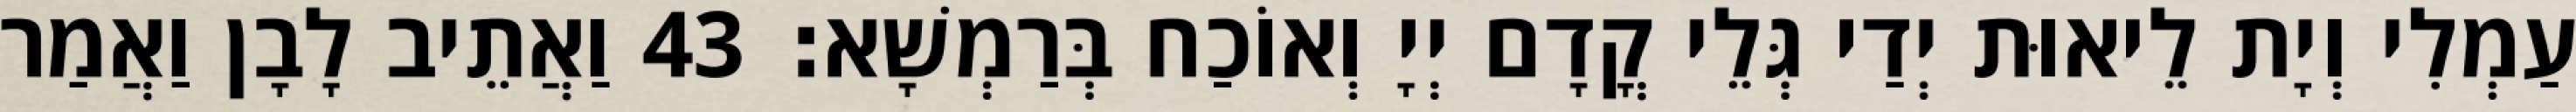
עַמְלִי וְיָת לֵיאוּת יְדַי גְּלֵי קֳדָם יְיָ וְאוֹכַח בְּרַמְשָׁא׃ 43 וַאֲתֵיב לָבָן וַאֲמַר